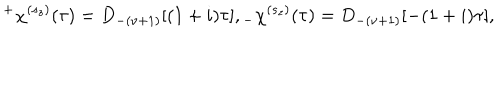
^ { + } \chi ^ { ( s _ { z } ) } ( \tau ) = D _ { - ( \nu + 1 ) } [ ( 1 + i ) \tau ] , \hspace { 0 . 3 i n } _ { - } \chi ^ { ( s _ { z } ) } ( \tau ) = D _ { - ( \nu + 1 ) } [ - ( 1 + i ) \tau ] ,